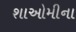
શાઓમીના